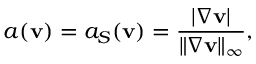
a ( \mathbf v ) = a _ { S } ( \mathbf v ) = \frac { | \nabla \mathbf v | } { \| \nabla \mathbf v \| _ { \infty } } ,